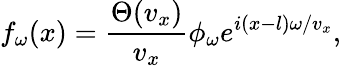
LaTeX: f_{\omega}(x)=\frac{\Theta(v_{x})}{v_{x}}\phi_{\omega}e^{i(x-l)\omega/v_{x}},